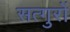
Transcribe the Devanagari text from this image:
सत्गुरों